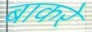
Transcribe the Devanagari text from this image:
बाकरे